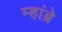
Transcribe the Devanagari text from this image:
म्हांब्रे